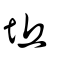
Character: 坵